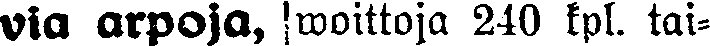
via arpoja, woittoja 240 kpl. tai-